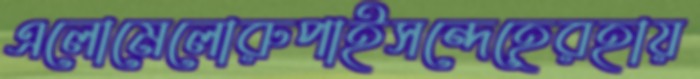
এলোমেলোরুপাইসন্দেহেরহায়